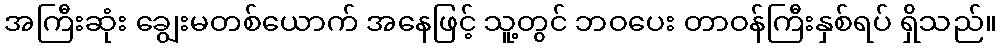
အကြီးဆုံး ချွေးမတစ်ယောက် အနေဖြင့် သူ့တွင် ဘဝပေး တာဝန်ကြီးနှစ်ရပ် ရှိသည်။